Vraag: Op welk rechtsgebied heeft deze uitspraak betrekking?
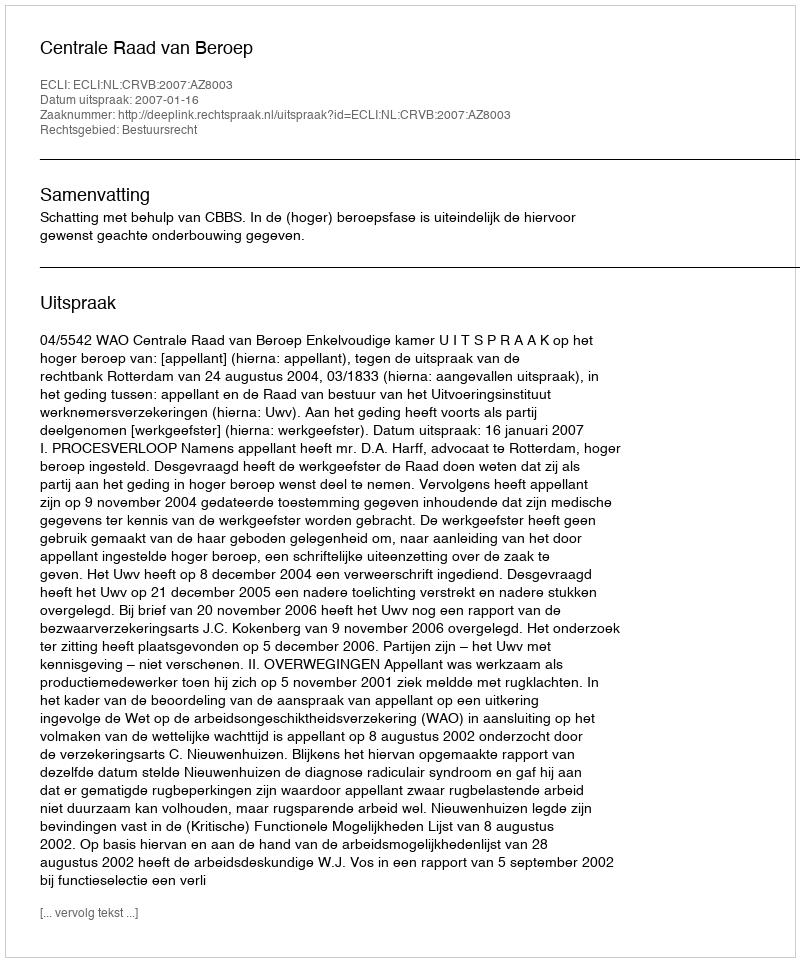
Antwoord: Bestuursrecht